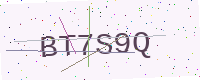
Text: BT7S9Q